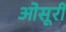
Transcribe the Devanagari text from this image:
ओसूरी